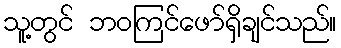
သူ့တွင် ဘဝကြင်ဖော်ရှိချင်သည်။